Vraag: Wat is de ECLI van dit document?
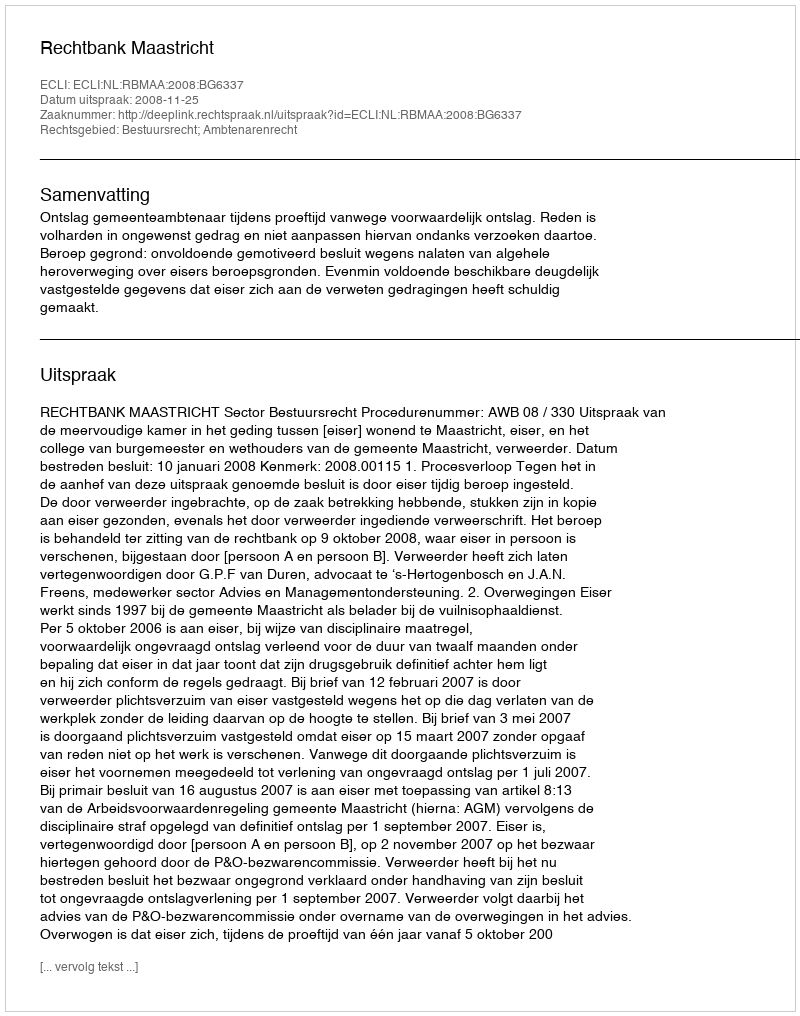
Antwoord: ECLI:NL:RBMAA:2008:BG6337